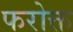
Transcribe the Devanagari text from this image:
फरोक्त